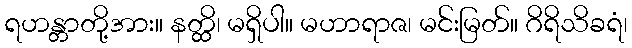
ရဟန္တာတို့အား။ နတ္ထိ၊ မရှိပါ။ မဟာရာဇ၊ မင်းမြတ်။ ဂိရိသိခရံ၊